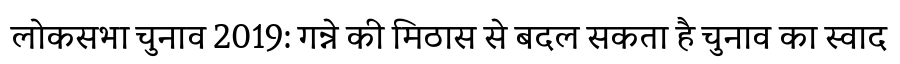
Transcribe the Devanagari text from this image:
लोकसभा चुनाव 2019: गन्ने की मिठास से बदल सकता है चुनाव का स्वाद